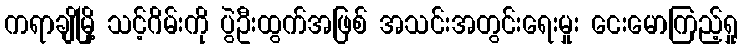
ကရာချိမြို့ သင့်ဂိမ်းကို ပွဲဦးထွက်အဖြစ် အသင်းအတွင်းရေးမှုး ငေးမောကြည့်ရှု